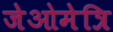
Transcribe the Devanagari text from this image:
जेओमेत्रि